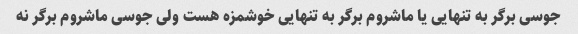
جوسی برگر به تنهایی یا ماشروم برگر به تنهایی خوشمزه هست ولی جوسی ماشروم برگر نه